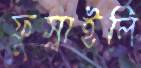
ফুস্‌লাইলি